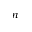
n